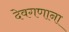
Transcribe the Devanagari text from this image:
देवगणाना